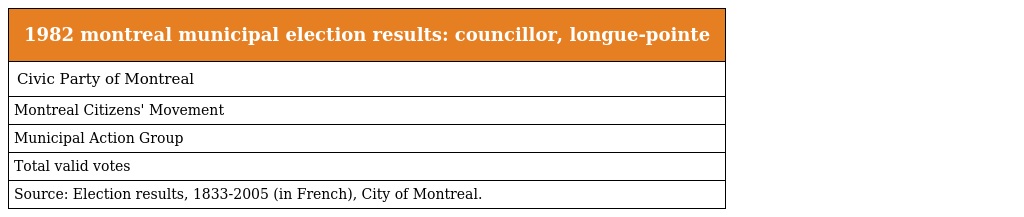
| 1982 montreal municipal election results: councillor, longue-pointe |
 | --- |
 | Civic Party of Montreal |
 | Montreal Citizens' Movement |
 | Municipal Action Group |
 | Total valid votes |
 | Source: Election results, 1833-2005 (in French), City of Montreal. |